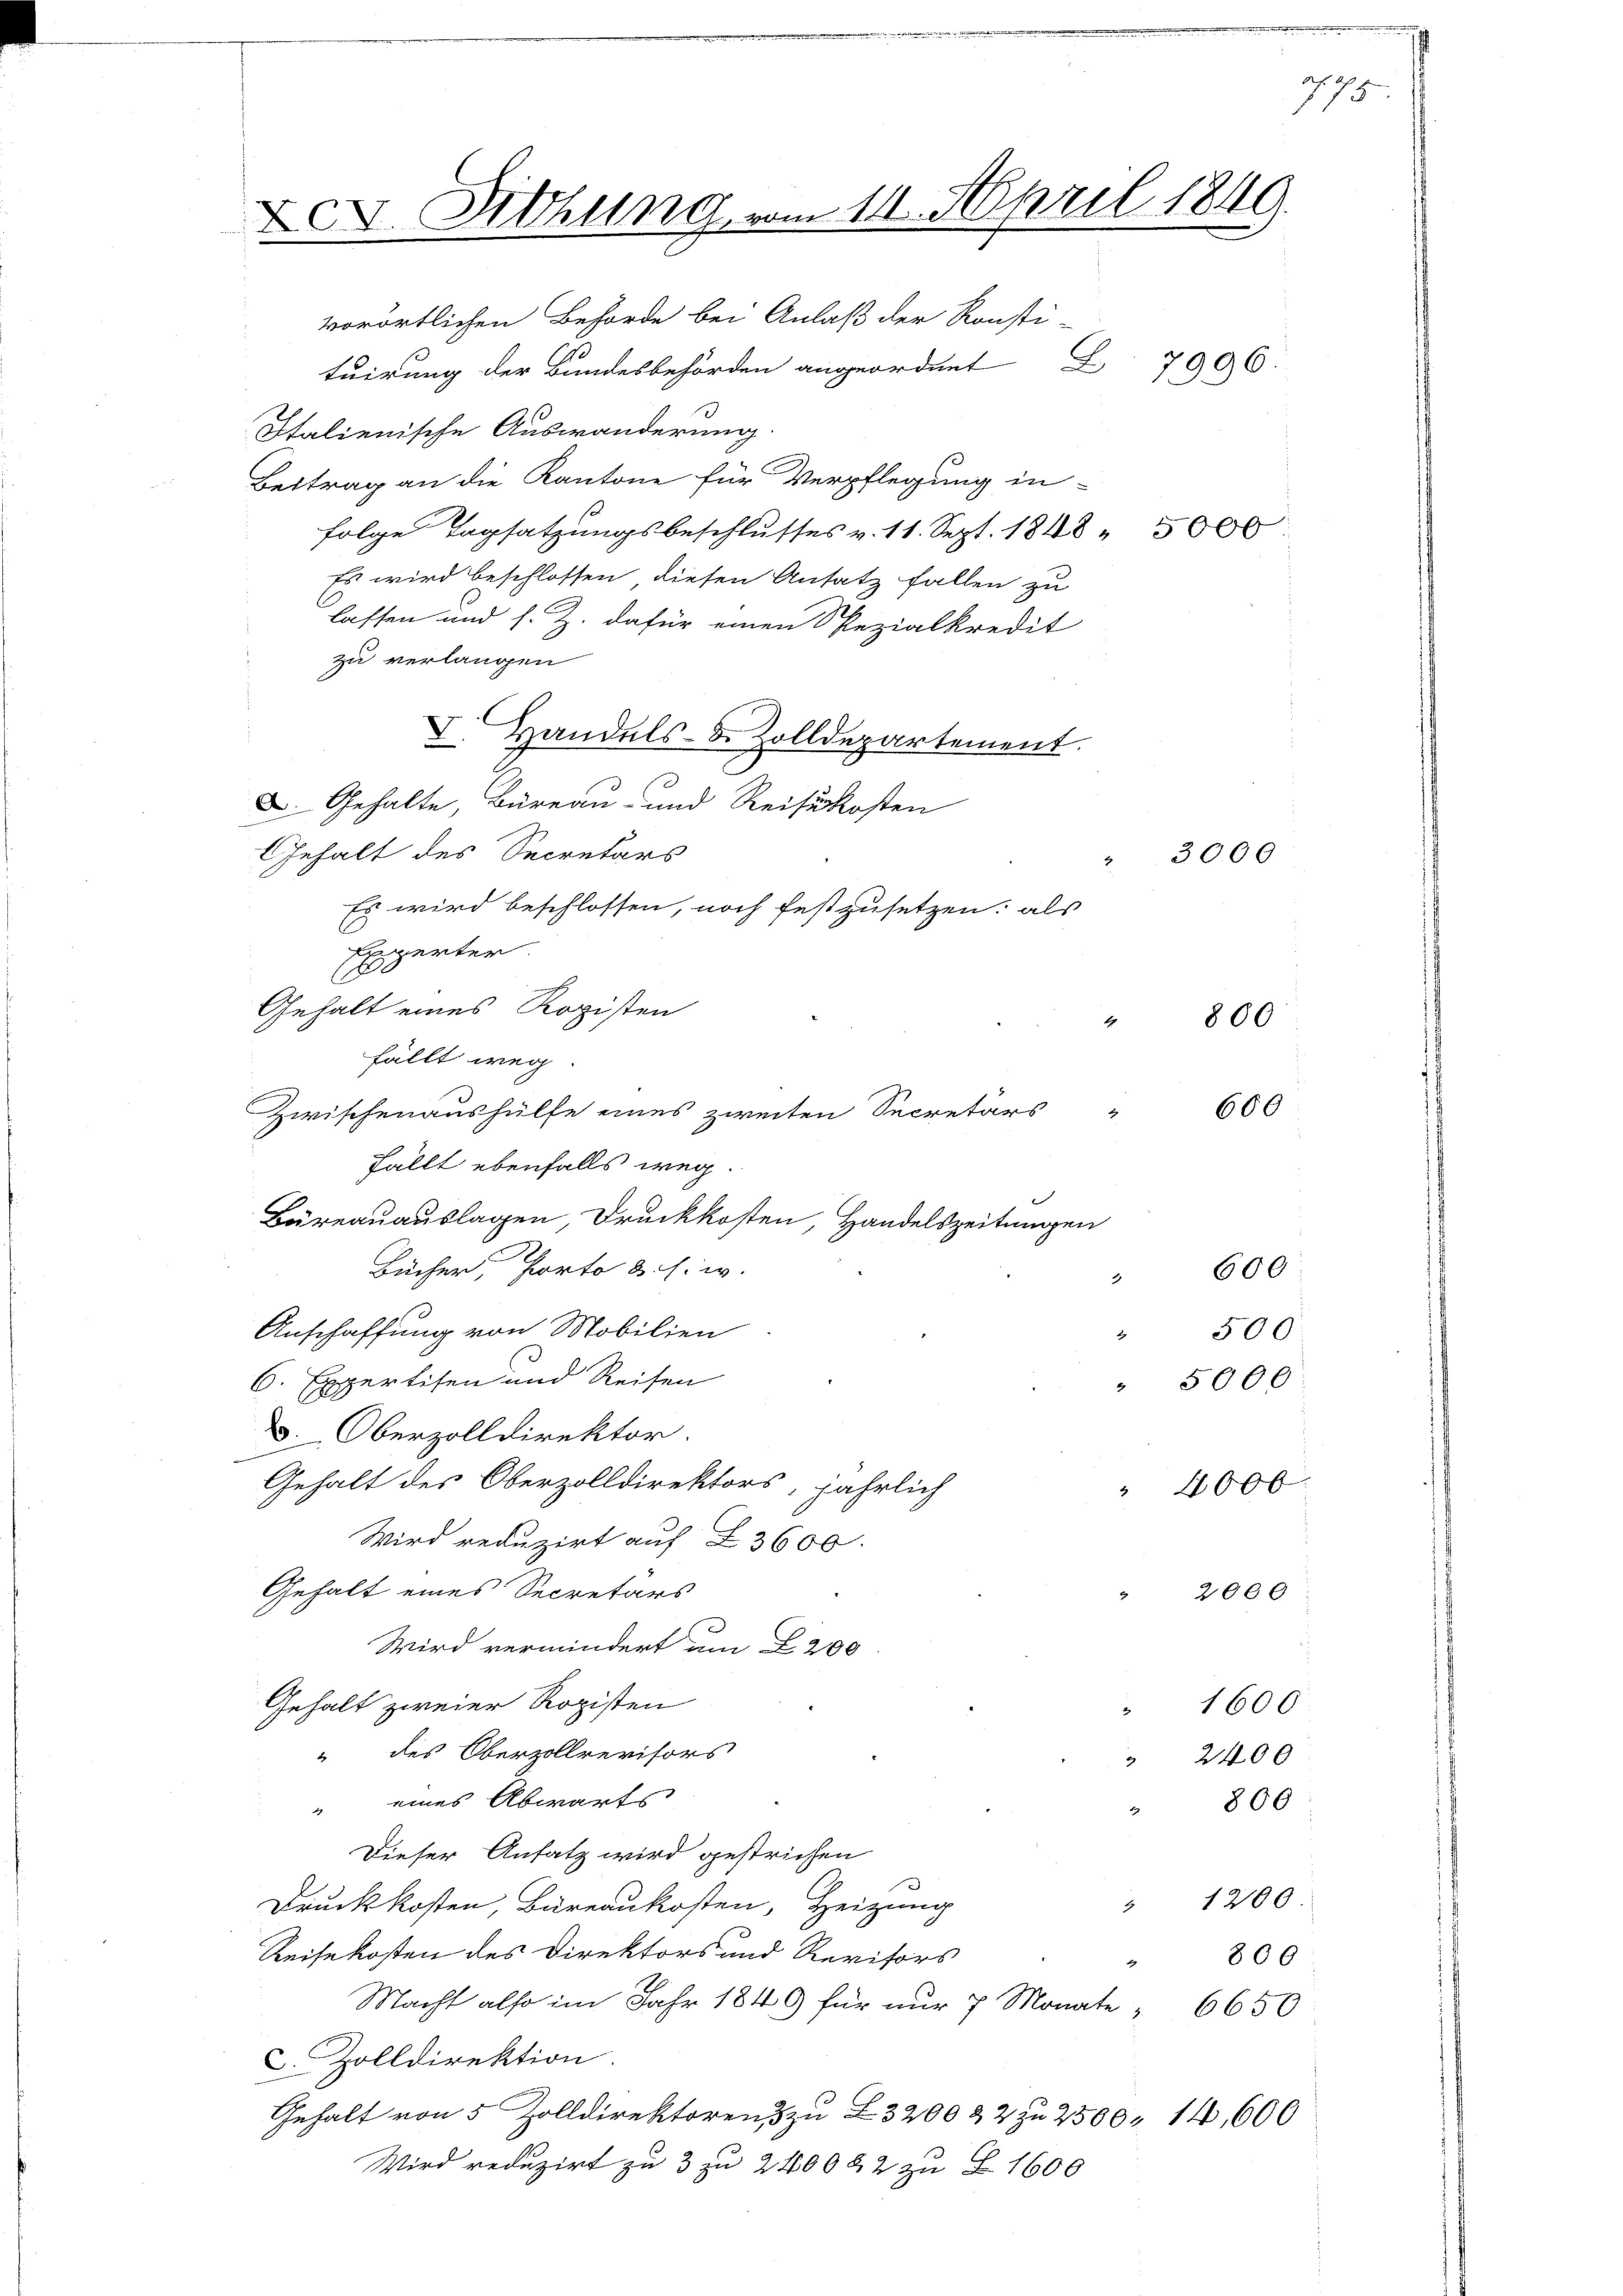
XX. Sitzung vom 11. April 1849.
b

vorörtlichen Behörde bei Anlaß der Konsti-
tuirung der Bundesbehörden angeordnet 7996
Italienische Auswanderung
Beitrag an die Kantone für Verpflegung in
folge Tagsatzungsbeschlusses v. 11. Sept. 1848 " 5000
Es wird beschlossen, diesen Ansatz fallen zu
lassen und s. Z. dafür einen Spezialkredit
zu verlangen
I. Handels- & Zolldepartement.
D. Gehalte, Büreau- und Reisekosten
Gehalt des Secretärs
.
Es wird beschlossen, noch festzusetzen; als
Legerter.
.
Gehalt eines Ropisten
fällt weg.
Zwischenaushülfe eines zweiten Secretärs
i
Fällt ebenfalls weg.
Büreauauslagen, Druckkosten, Handelszeitungen
Bücher, Porto &. s. w.
1
Anschaffung von Mobilien
6. Expertisen und Reisen
V. Oberzolldirektor.
Gehalt des Oberzolldirektors, jährlich
Wird reduzirt auf Z 3600.
Gehalt eines Secretärs
Wird vermindert am 200
Gehalt zweier Rozisten
d
“ des Oberzollrevisors
2
eines Abwärts
A
Dieser Ansatz wird gestrichen
.
Druckkosten, Büreaukosten, Heizung
2
Reisekosten des Direktors und Revisors
.
Macht also im Jahr 1849 für nur 7 Monate " 6650
C. Zolldirektion
Gehalt von 5 Zolldirektoren zu Z. 3200 & 2 zu 2500. 14,600
Wird reduzirt zu 3 zu 240082 zu Z. 1600

4

3000

800:

600

2 500.
" 5000.
 2000 :
1600
2400
 806
1200
800

600

" 4000

af 175.